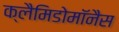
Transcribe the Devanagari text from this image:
क्लैमिडोमॉनैस